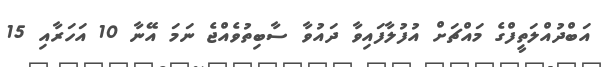
އަބްދުއްލަތީފްގެ މައްޗަށް އުފުލާފައިވާ ދައުވާ ސާބިތުވެއްޖެ ނަމަ އޭނާ 10 އަހަރާއި 15